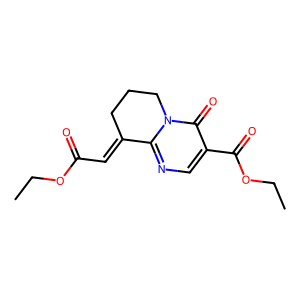
SMILES: CCOC(=O)C=C1CCCn2c1ncc(C(=O)OCC)c2=O
Inhibits HIV replication: No